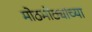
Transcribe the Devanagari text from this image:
मोठमोठ्यांच्या